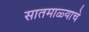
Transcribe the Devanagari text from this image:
सातमाळ्याचे